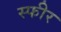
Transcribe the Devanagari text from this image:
स्फीर